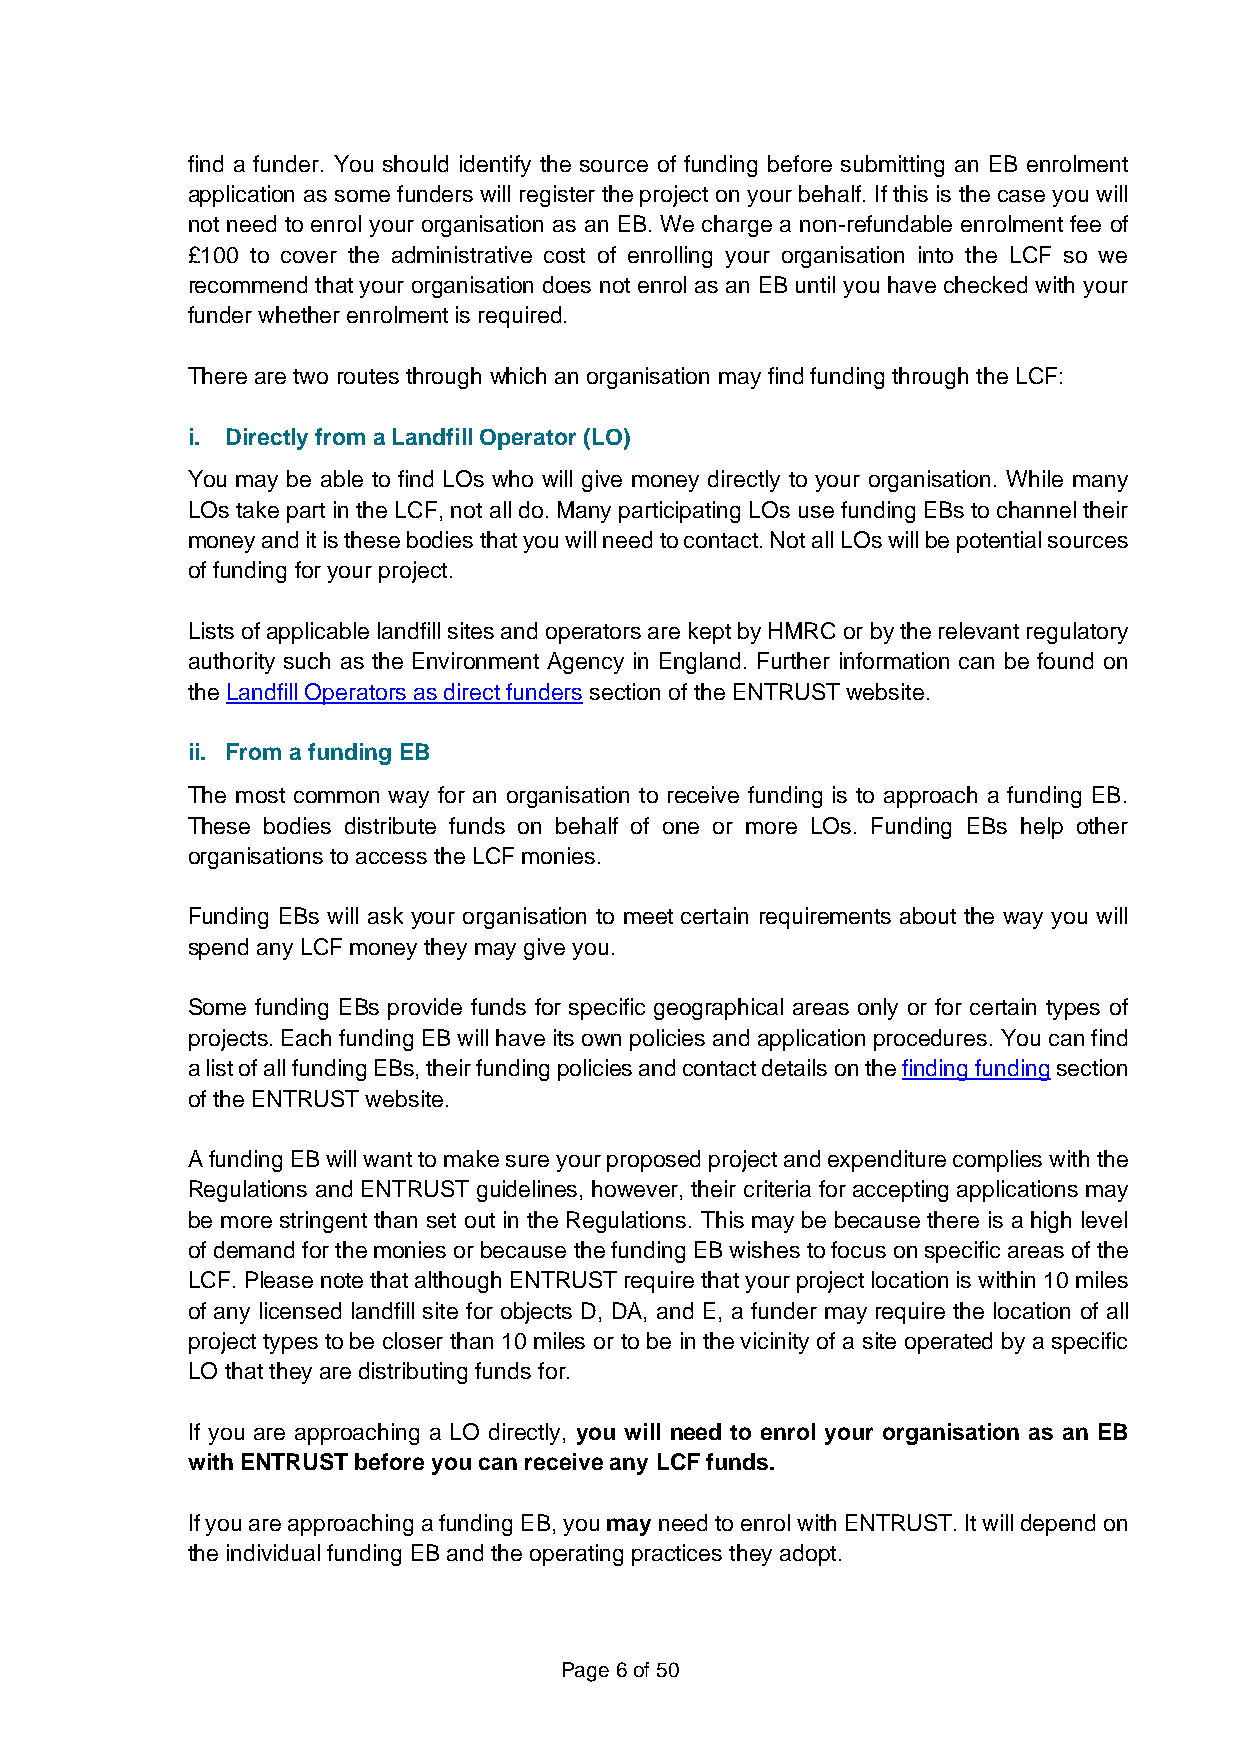
find a funder. You should identify the source of funding before submitting an EB enrolment
 application as some funders will register the project on your behalf. If this is the case you will
 not need to enrol your organisation as an EB. We charge a non-refundable enrolment fee of
 £100 to cover the administrative cost of enrolling your organisation into the LCF so we
 recommend that your organisation does not enrol as an EB until you have checked with your
 funder whether enrolment is required.
 There are two routes through which an organisation may find funding through the LCF:
 i. Directly from a Landfill Operator (LO)
 You may be able to find LOs who will give money directly to your organisation. While many
 LOs take part in the LCF, not all do. Many participating LOs use funding EBs to channel their
 money and it is these bodies that you will need to contact. Not all LOs will be potential sources
 of funding for your project.
 Lists of applicable landfill sites and operators are kept by HMRC or by the relevant regulatory
 authority such as the Environment Agency in England. Further information can be found on
 the Landfill Operators as direct funders section of the ENTRUST website.
 ii. From a funding EB
 The most common way for an organisation to receive funding is to approach a funding EB.
 These bodies distribute funds on behalf of one or more LOs. Funding EBs help other
 organisations to access the LCF monies.
 Funding EBs will ask your organisation to meet certain requirements about the way you will
 spend any LCF money they may give you.
 Some funding EBs provide funds for specific geographical areas only or for certain types of
 projects. Each funding EB will have its own policies and application procedures. You can find
 a list of all funding EBs, their funding policies and contact details on the finding funding section
 of the ENTRUST website.
 A funding EB will want to make sure your proposed project and expenditure complies with the
 Regulations and ENTRUST guidelines, however, their criteria for accepting applications may
 be more stringent than set out in the Regulations. This may be because there is a high level
 of demand for the monies or because the funding EB wishes to focus on specific areas of the
 LCF. Please note that although ENTRUST require that your project location is within 10 miles
 of any licensed landfill site for objects D, DA, and E, a funder may require the location of all
 project types to be closer than 10 miles or to be in the vicinity of a site operated by a specific
 LO that they are distributing funds for.
 If you are approaching a LO directly, you will need to enrol your organisation as an EB
 with ENTRUST before you can receive any LCF funds.
 If you are approaching a funding EB, you may need to enrol with ENTRUST. It will depend on
 the individual funding EB and the operating practices they adopt.
 Page 6 of 50